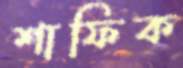
শাফিক